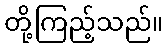
တို့ကြည့်သည်။